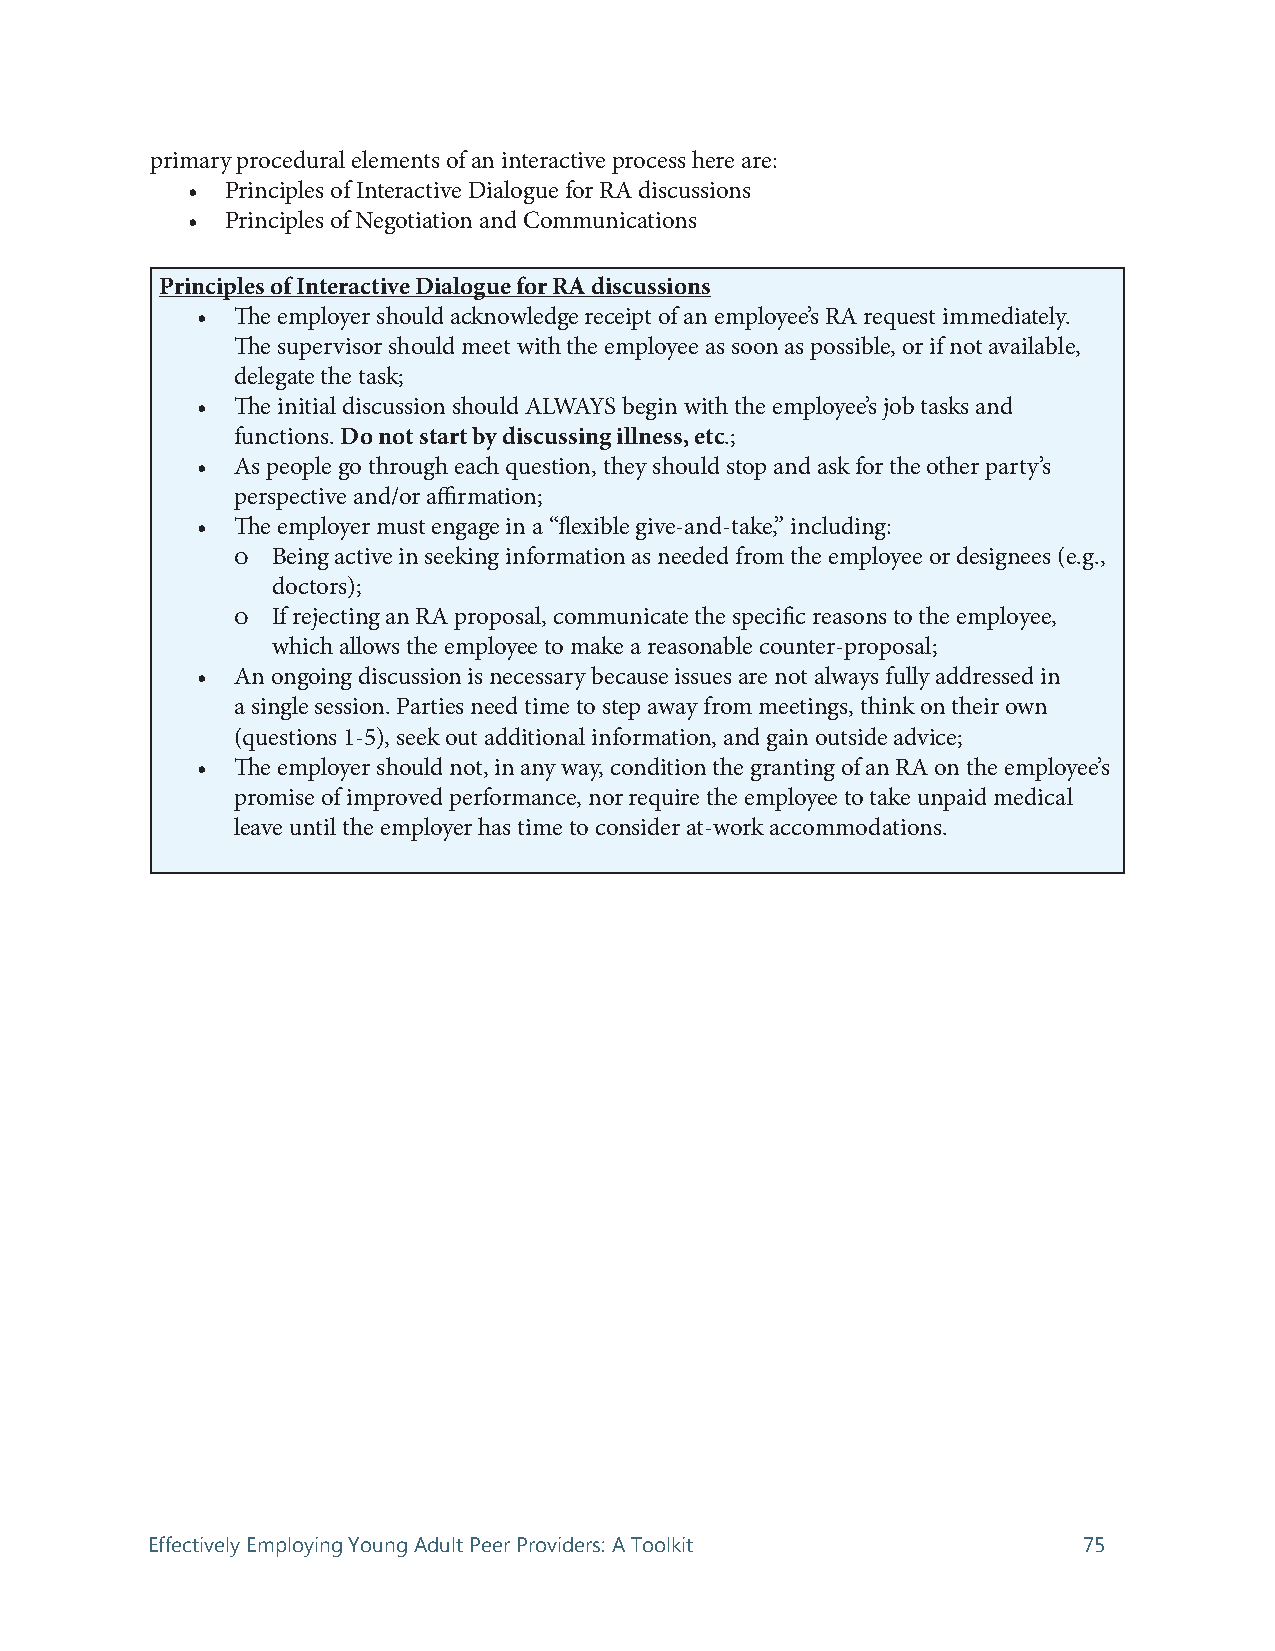
primary procedural elements of an interactive process here are:
 •  Principles of Interactive Dialogue for RA discussions
 •  Principles of Negotiation and Communications
 Principles of Interactive Dialogue for RA discussions
 •  The employer should acknowledge receipt of an employee’s RA request immediately.
 The supervisor should meet with the employee as soon as possible, or if not available,
 delegate the task;
 •  The initial discussion should ALWAYS begin with the employee’s job tasks and
 functions. Do not start by discussing illness, etc.;
 •  As people go through each question, they should stop and ask for the other party’s
 perspective and/or affirmation;
 •  The employer must engage in a “flexible give-and-take,” including:
 ļ Being active in seeking information as needed from the employee or designees (e.g.,
 doctors);
 ļ If rejecting an RA proposal, communicate the specific reasons to the employee,
 which allows the employee to make a reasonable counter-proposal;
 •  An ongoing discussion is necessary because issues are not always fully addressed in
 a single session. Parties need time to step away from meetings, think on their own
 (questions 1-5), seek out additional information, and gain outside advice;
 •  The employer should not, in any way, condition the granting of an RA on the employee’s
 promise of improved performance, nor require the employee to take unpaid medical
 leave until the employer has time to consider at-work accommodations.
 Effectively Employing Young Adult Peer Providers: A Toolkit   75